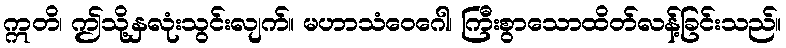
ဣတိ၊ ဤသို့နှလုံးသွင်းလျက်။ မဟာသံဝေဂေါ၊ ကြီးစွာသောထိတ်လန့်ခြင်းသည်။